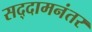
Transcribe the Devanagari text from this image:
सद्दामनंतर